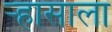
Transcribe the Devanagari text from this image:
ऱ्हासाला